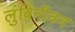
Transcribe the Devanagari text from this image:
लुंबिनीवन